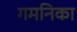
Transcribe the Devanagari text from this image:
गमनिका